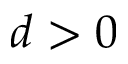
d > 0